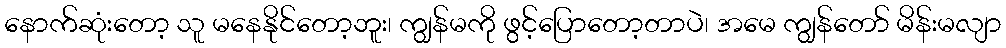
နောက်ဆုံးတော့ သူ မနေနိုင်တော့ဘူး၊ ကျွန်မကို ဖွင့်ပြောတော့တာပဲ၊ အမေ ကျွန်တော် မိန်းမလျာ